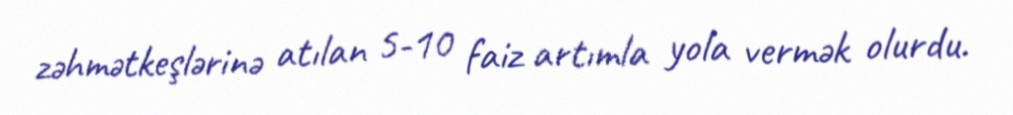
zəhmətkeşlərinə atılan 5-10 faiz artımla yola vermək olurdu.